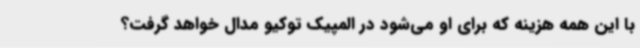
با این همه هزینه که برای او می‌شود در المپیک توکیو مدال خواهد گرفت؟